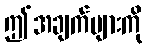
ဤအချက်များကို